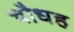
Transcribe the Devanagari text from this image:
चौधह